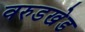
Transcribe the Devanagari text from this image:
वरुडखेड